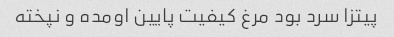
پیتزا سرد بود مرغ کیفیت پایین اومده و نپخته